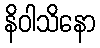
နိဝါသိနော